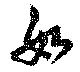
如